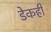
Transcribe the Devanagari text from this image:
डेकही